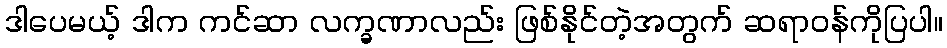
ဒါပေမယ့် ဒါက ကင်ဆာ လက္ခဏာလည်း ဖြစ်နိုင်တဲ့အတွက် ဆရာဝန်ကိုပြပါ။